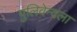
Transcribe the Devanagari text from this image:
पुलिवेन्दला